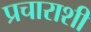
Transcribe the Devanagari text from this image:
प्रचाराशी